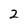
Character: 2